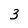
Character: 3